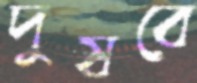
দুষবে